Scientific memoirs by medical officers of the Army of India - Part VIII,
Year: 1894
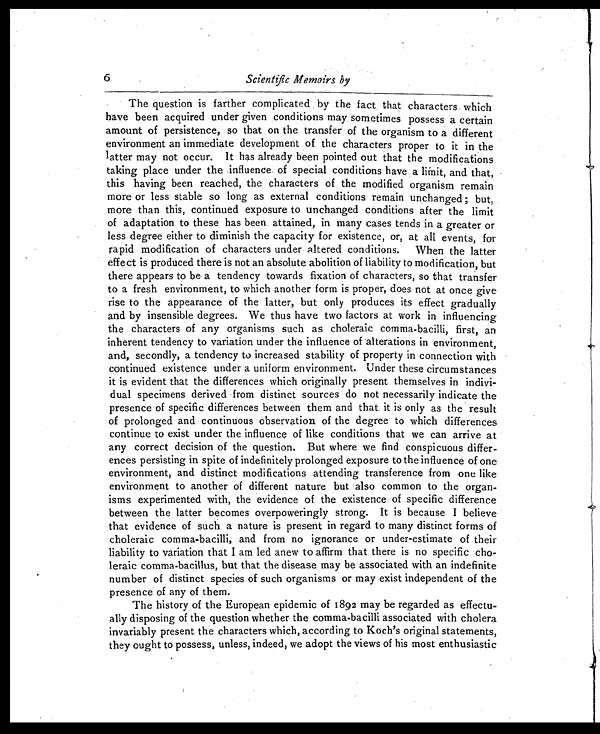
6
Scientific Memoirs by
The question is farther complicated by the fact that characters which
have been acquired under given conditions may sometimes possess a certain
amount of persistence, so that on the transfer of the organism to a different
environment an immediate development of the characters proper to it in the
latter may not occur. It has already been pointed out that the modifications
taking place under the influence, of special conditions have a and that,
this having been reached, the characters of the modified organism remain
more or less stable so long as external conditions remain unchanged ; but,
more than this, continued exposure to unchanged conditions after the limit
of adaptation to these has been attained, in many cases tends in a greater or
less degree either to diminish the capacity for existence, or, at all events, for
rapid modification of characters under altered conditions. When the latter
effect is produced there is not an absolute abolition of liability to modification, but
there appears to be a tendency towards fixation of characters, so that transfer
to a fresh environment, to which another form is proper, does not at once give
rise to the appearance of the latter, but only produces its effect gradually
and by insensible degrees. We thus have two factors at work in influencing
the characters of any organisms such as choleraic comma-bacilli, first, an
inherent tendency to variation under the influence of alterations in environment,
and, secondly, a tendency to increased stability of property in connection with
continued existence under a uniform environment. Under these circumstances
it is evident that the differences which originally present themselves in indivi-
dual specimens derived from distinct sources do not necessarily indicate the
presence of specific differences between them and that it is only as the result
of prolonged and continuous observation of the degree to which differences
continue to exist under the influence of like conditions that we can arrive at
any correct decision of the question. But where we find conspicuous differ-
ences persisting in spite of indefinitely prolonged exposure to the influence of one
environment, and distinct modifications attending transference from one like
environment to another of different nature but also common to the organ-
isms experimented with, the evidence of the existence of specific difference
between the latter becomes overpoweringly strong. It is because I believe
that evidence of such a nature is present in regard to many distinct forms of
choleraic comma-bacilli, and from no ignorance or under-estimate of their
liability to variation that I am led anew to affirm that there is no specific cho-
leraic comma-bacillus, but that the disease may be associated with an indefinite
number of distinct species of such organisms or may exist independent of the
presence of any of them.
The history of the European epidemic of 1892 may be regarded as effectu-
ally disposing of the question whether the comma-bacilli associated with cholera
invariably present the characters which, according to Koch's original statements,
they ought to possess, unless, indeed, we adopt the views of his most enthusiastic